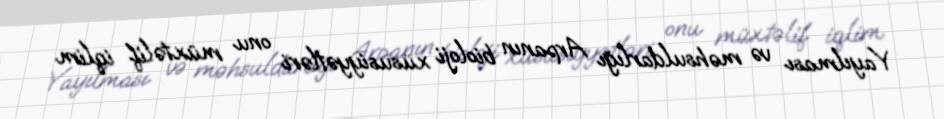
Yayılması və məhsuldarlığı Arpanın bioloji xüsusiyyətləri onu müxtəlif iqlim